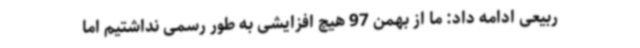
ربیعی ادامه داد: ما از بهمن 97 هیچ افزایشی به طور رسمی نداشتیم اما